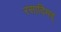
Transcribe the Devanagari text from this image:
रसादिमद्